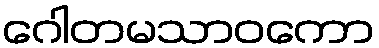
ဂေါတမသာဝကော